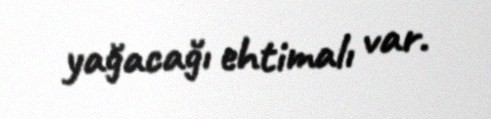
yağacağı ehtimalı var.